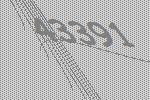
43391